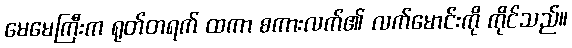
မေမေကြီးက ရုတ်တရက် ထကာ စကားလက်၏ လက်မောင်းကို ကိုင်သည်။